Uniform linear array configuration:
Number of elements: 64
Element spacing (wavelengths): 0.25
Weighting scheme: hamming
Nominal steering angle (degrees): -30
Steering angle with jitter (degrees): -31.378
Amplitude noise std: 0.05
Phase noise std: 0.05

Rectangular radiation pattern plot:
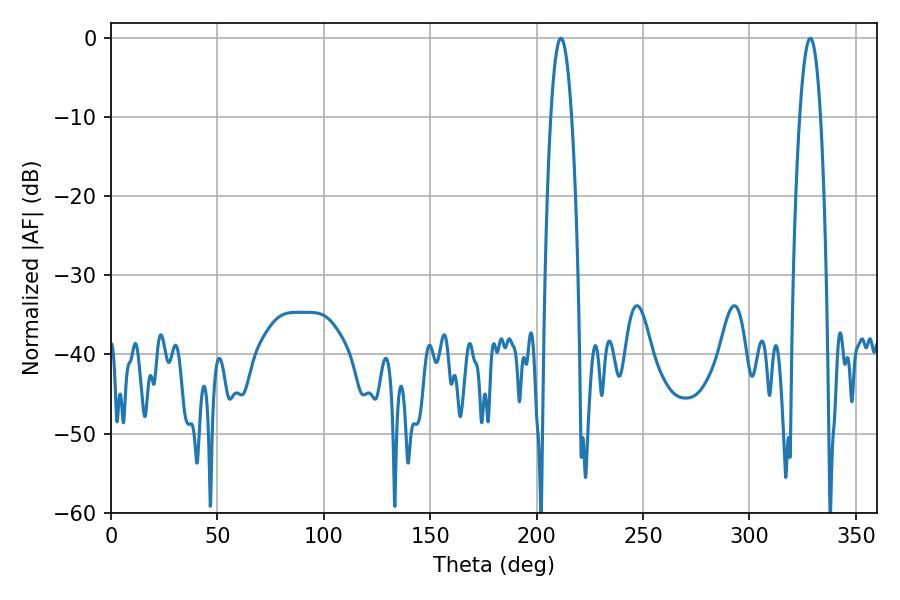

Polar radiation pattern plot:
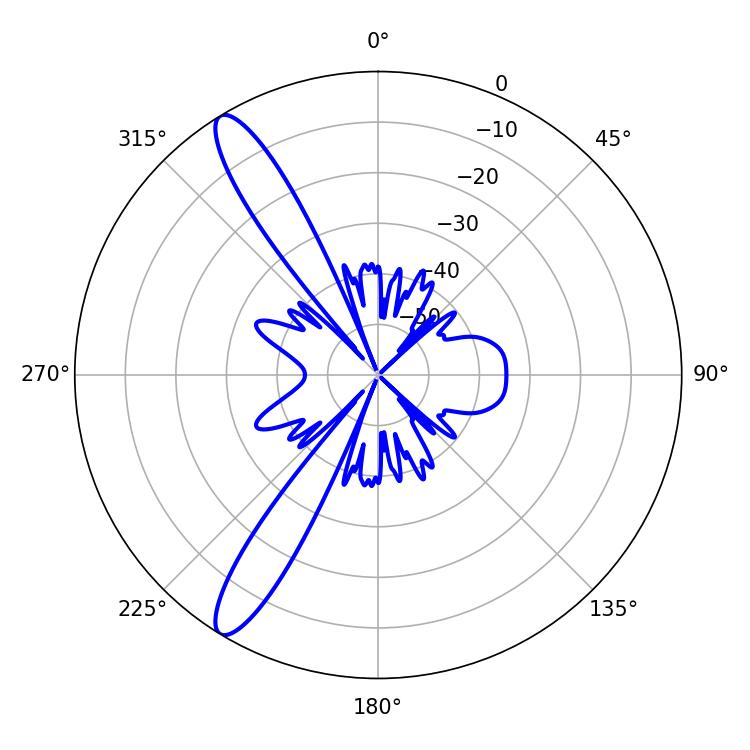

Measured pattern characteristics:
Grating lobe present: FALSE
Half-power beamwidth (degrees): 5.4
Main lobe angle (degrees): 211.32